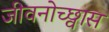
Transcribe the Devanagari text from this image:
जीवनोच्छ्वास